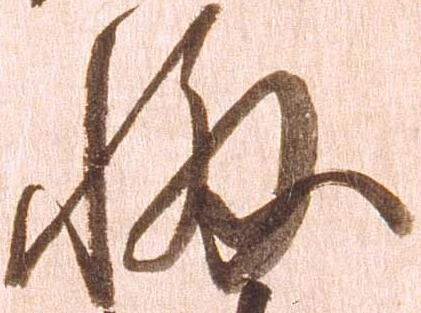
輔